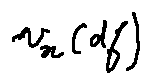
v _ { x } ( d f )